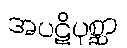
အပဋိပုစ္ဆာ